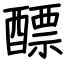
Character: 醥